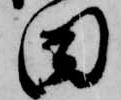
田